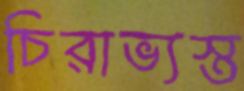
চিরাভ্যস্ত